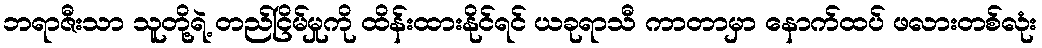
ဘရာဇီးသာ သူတို့ရဲ့ တည်ငြိမ်မှုကို ထိန်းထားနိုင်ရင် ယခုရာသီ ကာတာမှာ နောက်ထပ် ဖလားတစ်လုံး